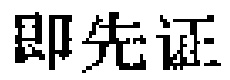
即先证